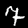
Digit: 7